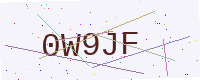
Text: 0W9JF